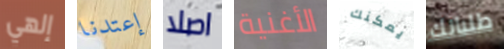
إلهي إعتدنا اصلا الأغنية يمكنك طلباتك